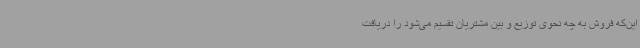
این‌که فروش به چه نحوی توزیع و بین مشتریان تقسیم می‌شود را دریافت